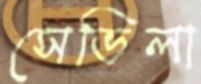
সেভিলা